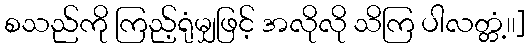
စသည်ကို ကြည့်ရုံမျှဖြင့် အလိုလို သိကြ ပါလတ္တံ့၊၊]